Civil Veterinary Dept. North-West Frontier Province 1901-22 - 1901-1922
Year: 1901
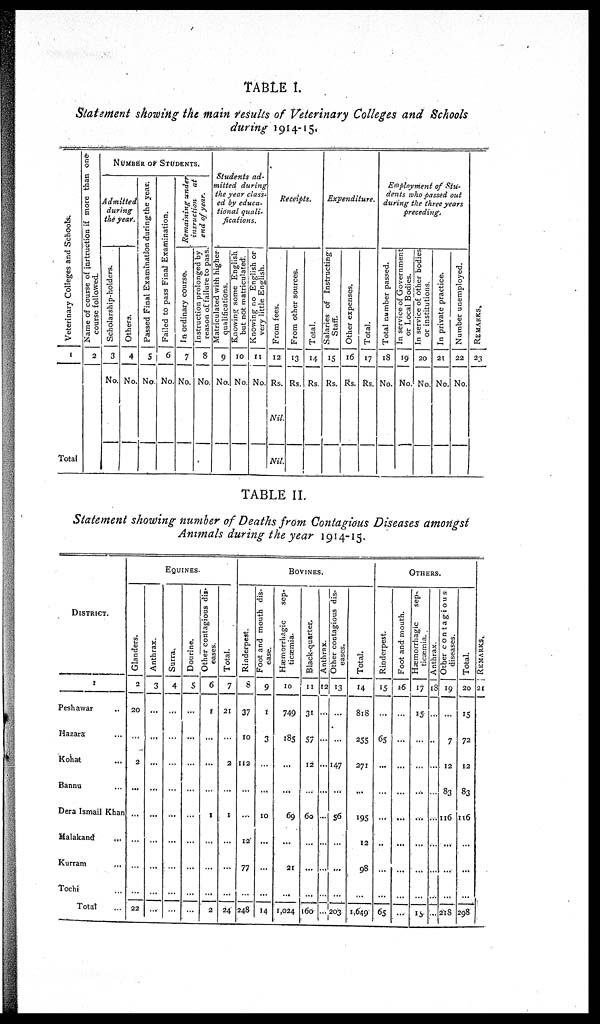
TABLE I.
Statement showing the main results of Veterinary Colleges and Schools
during 1914-15.
Veterinary Colleges and Schools.
1
Total
Name of course of instruction
if more than one
course followed.
2
NUMBER OF STUDENTS.
Admitted
during
the year.
Scholarship-holders.
3
No.
Others.
4
No.
Passed Final Examination during the year.
5
No.
I
Failed to pass Final Examination.
6
No.
Remaining under
insruction
at
end of year.
In ordinary course.
7
No.
Instruction prolonged by
reason of failure to pass.
8
No.
Students
ad-
mitted
during
the year class-
ed by educa-
tional
quali-
fications.
Matriculated with higher
qualifications.
9
No.
Knowing some English
but not matriculated.
10
No.
Knowing no English or
very little English.
11
No.
Receipts.
From tees.
12
Rs.
Nil.
Nil.
From other sources.
13
Rs.
Total.
14
Rs.
Expenditure.
Salaries of Instructing
Staff.
15
Rs.
Other expenses.
16
Rs.
Total.
17
Rs.
Employment
of Stu-
dents who passed out
during the three years
preceding.
Total number passed.
18
No.
In service of Government
or Local Bodies.
19
No.
In service of other bodies
or institutions.
20
No.
In private practice.
21
No.
Number unemployed.
22
No.
REMARKS.
23
TABLE II.
Statement showing number of Deaths from Contagious Diseases amongst
Animals during the year 1914-15.
DISTRICT.
1
Peshawar ...
Hazara ...
Kohat ...
Bannu ...
Dera Ismail Khan
Malakand …
Kurram …
Tochi …
Total
EQUINES.
Glanders.
2
20
…
2
...
...
…
…
…
22
Anthrax.
3
…
...
…
…
...
…
…
…
…
Surra.
4
...
…
…
…
...
...
…
…
…
Dourine.
5
…
…
…
...
…
...
…
…
…
Other contagious dis-
eases.
6
1
...
...
…
1
...
…
…
2
Total.
7
21
…
2
…
1
...
…
…
24
BOVINES.
Rinderpest.
8
37
10
112
…
…
12
77
…
248
Foot and mouth dis-
ease.
9
1
3
…
...
10
…
…
…
14
Hæmorrhagic
sep-
ticæmia.
10
749
185
…
...
69
...
21
...
1,024
Black-quarter.
11
31
57
12
…
60
…
...
...
160
Anthrax.
12
…
…
…
…
…
…
...
…
...
Other contagious dis-
eases.
13
…
…
147
…
56
…
...
…
203
Total.
14
818
255
271
...
195
12
98
…
1,649
OTHERS
Rinderpest.
15
...
65
...
…
…
..
…
...
65
Foot and mouth.
16
…
…
…
…
…
...
…
…
...
Hæmorrhagic
sep-
ticæmia.
17
15
…
…
...
...
…
…
...
15
Anthrax.
18
…
…
…
…
…
…
...
...
Other contagious
diseases.
19
…
7
12
83
116
...
...
...
218
Total.
20
15
72
12
83
116
…
...
…
298
RE MARKS .
21